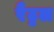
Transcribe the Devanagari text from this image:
रैट्टल